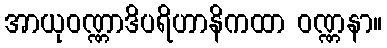
အာယုဝဏ္ဏာဒိပရိဟာနိကထာ ဝဏ္ဏနာ။